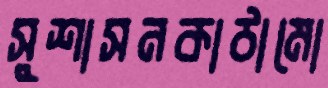
সুশাসনকাঠামো